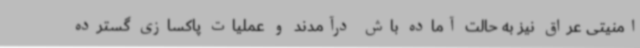
امنیتی عراق نیز به حالت آماده باش درآمدند و عملیات پاکسازی گسترده